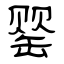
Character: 罂